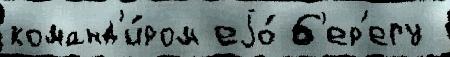
команд'и́ром еjо́ б'ер'егу